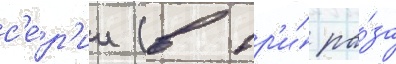
с'е́р'ии (в тр'и́ ра́за